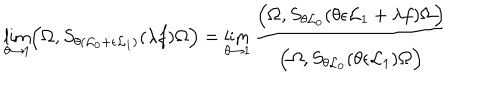
LaTeX: \lim _ { \theta \to 1 } \Bigl ( \Omega , S _ { \theta ( { \cal L } _ { 0 } + \epsilon { \cal L } _ { 1 } ) } ( \lambda f ) \Omega \Bigr ) = \lim _ { \theta \to 1 } \frac { \Bigl ( \Omega , S _ { \theta { \cal L } _ { 0 } } ( \theta \epsilon { \cal L } _ { 1 } + \lambda f ) \Omega \Bigr ) } { \Bigl ( \Omega , S _ { \theta { \cal L } _ { 0 } } ( \theta \epsilon { \cal L } _ { 1 } ) \Omega \Bigr ) }